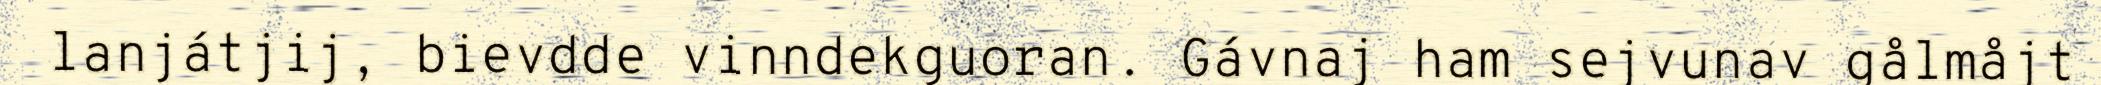
lanjátjij, bievdde vinndekguoran. Gávnaj ham sejvunav gålmåjt